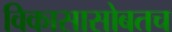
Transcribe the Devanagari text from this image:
विकासासोबतच